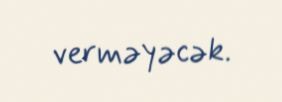
verməyəcək.